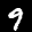
Label: 9